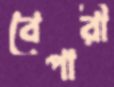
বেপারী